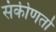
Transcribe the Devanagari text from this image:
संकीणर्ता